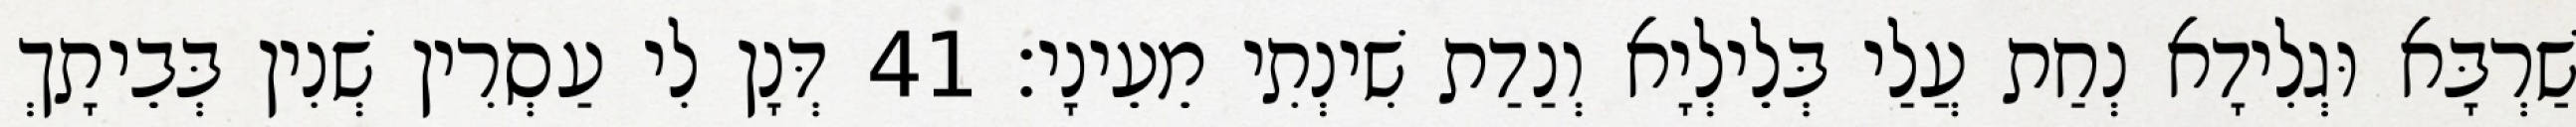
שַׁרְבָּא וּגְלִידָא נְחַת עֲלַי בְּלֵילְיָא וְנַדַת שִׁינְתִי מֵעֵינָי׃ 41 דְּנָן לִי עַסְרִין שְׁנִין בְּבֵיתָךְ